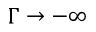
\Gamma \rightarrow - \infty